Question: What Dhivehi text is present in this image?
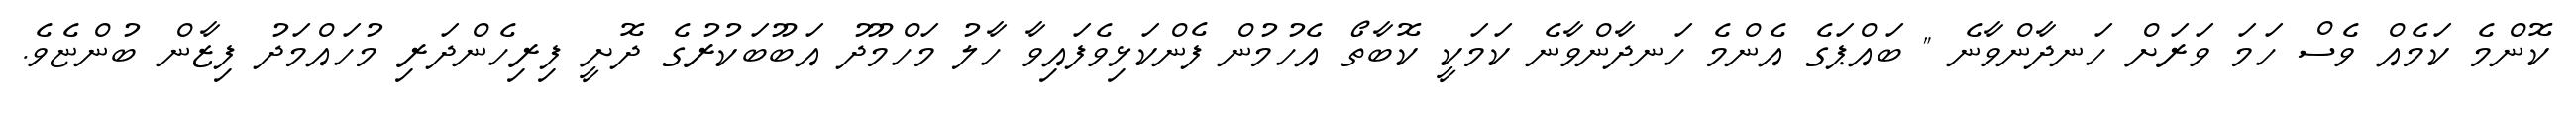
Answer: ކޮންމެ ކަމެއް ވެސް ހަމަ ވަރަށް ހަނދާންވާނެ " ބައްޕަގެ އެންމެ ހަނދާންވާނެ ކަމަކީ ކޮބާތޯ އެހުމުން ފެންކަޅިވެފައިވާ ހާލު މަހްމޫދު އަބޫބަކުރުގެ ދޮށީ ފިރިހެންދަރި މުހައްމަދު ފިޒާން ބުންޏެވެ.